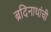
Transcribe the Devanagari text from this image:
ब्रदिनाथांची